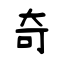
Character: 奇